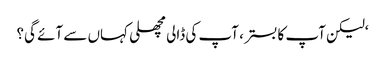
‘لیکن آپ کا بستر ، آپ کی ڈالی مچھلی کہاں سے آئے گی؟